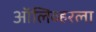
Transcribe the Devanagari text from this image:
ऑलिव्हरला